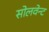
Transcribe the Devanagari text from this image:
सोलवेन्ट